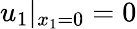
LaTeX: u_{1}|_{x_{1}=0}=0